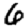
Digit: 6